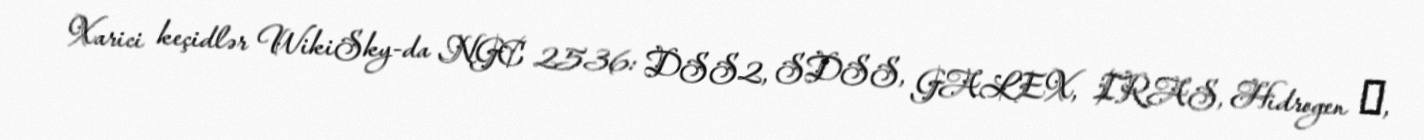
Xarici keçidlər WikiSky-da NGC 2536: DSS2, SDSS, GALEX, IRAS, Hidrogen α,